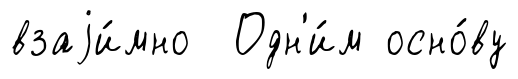
взаjи́мно Одн'и́м осно́ву